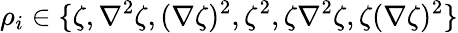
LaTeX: \rho_{i}\in\{ \zeta,\nabla^{2}\zeta,(\nabla\zeta)^{2},\zeta^{2},\zeta\nabla^{2}\zeta,\zeta(\nabla\zeta)^{2}\}